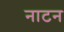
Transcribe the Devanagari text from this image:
नाटन